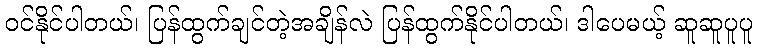
ဝင်နိုင်ပါတယ်၊ ပြန်ထွက်ချင်တဲ့အချိန်လဲ ပြန်ထွက်နိုင်ပါတယ်၊ ဒါပေမယ့် ဆူဆူပူပူ